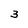
Character: 3